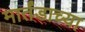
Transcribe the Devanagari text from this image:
मार्तंडाच्या